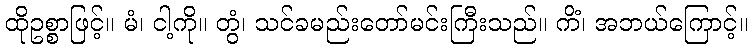
ထိုဥစ္စာဖြင့်။ မံ၊ ငါ့ကို။ တွံ၊ သင်ခမည်းတော်မင်းကြီးသည်။ ကိံ၊ အဘယ်ကြောင့်။